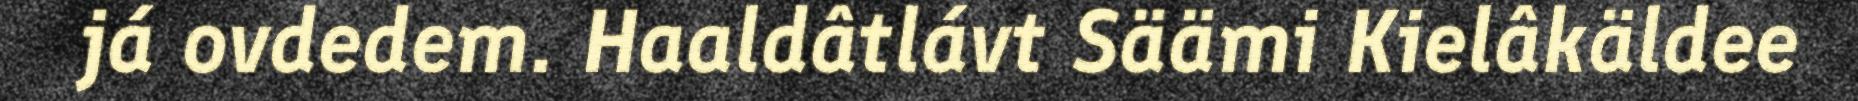
já ovdedem. Haaldâtlávt Säämi Kielâkäldee